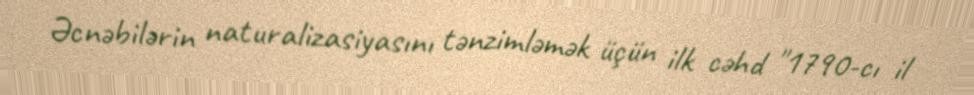
Əcnəbilərin naturalizasiyasını tənzimləmək üçün ilk cəhd "1790-cı il